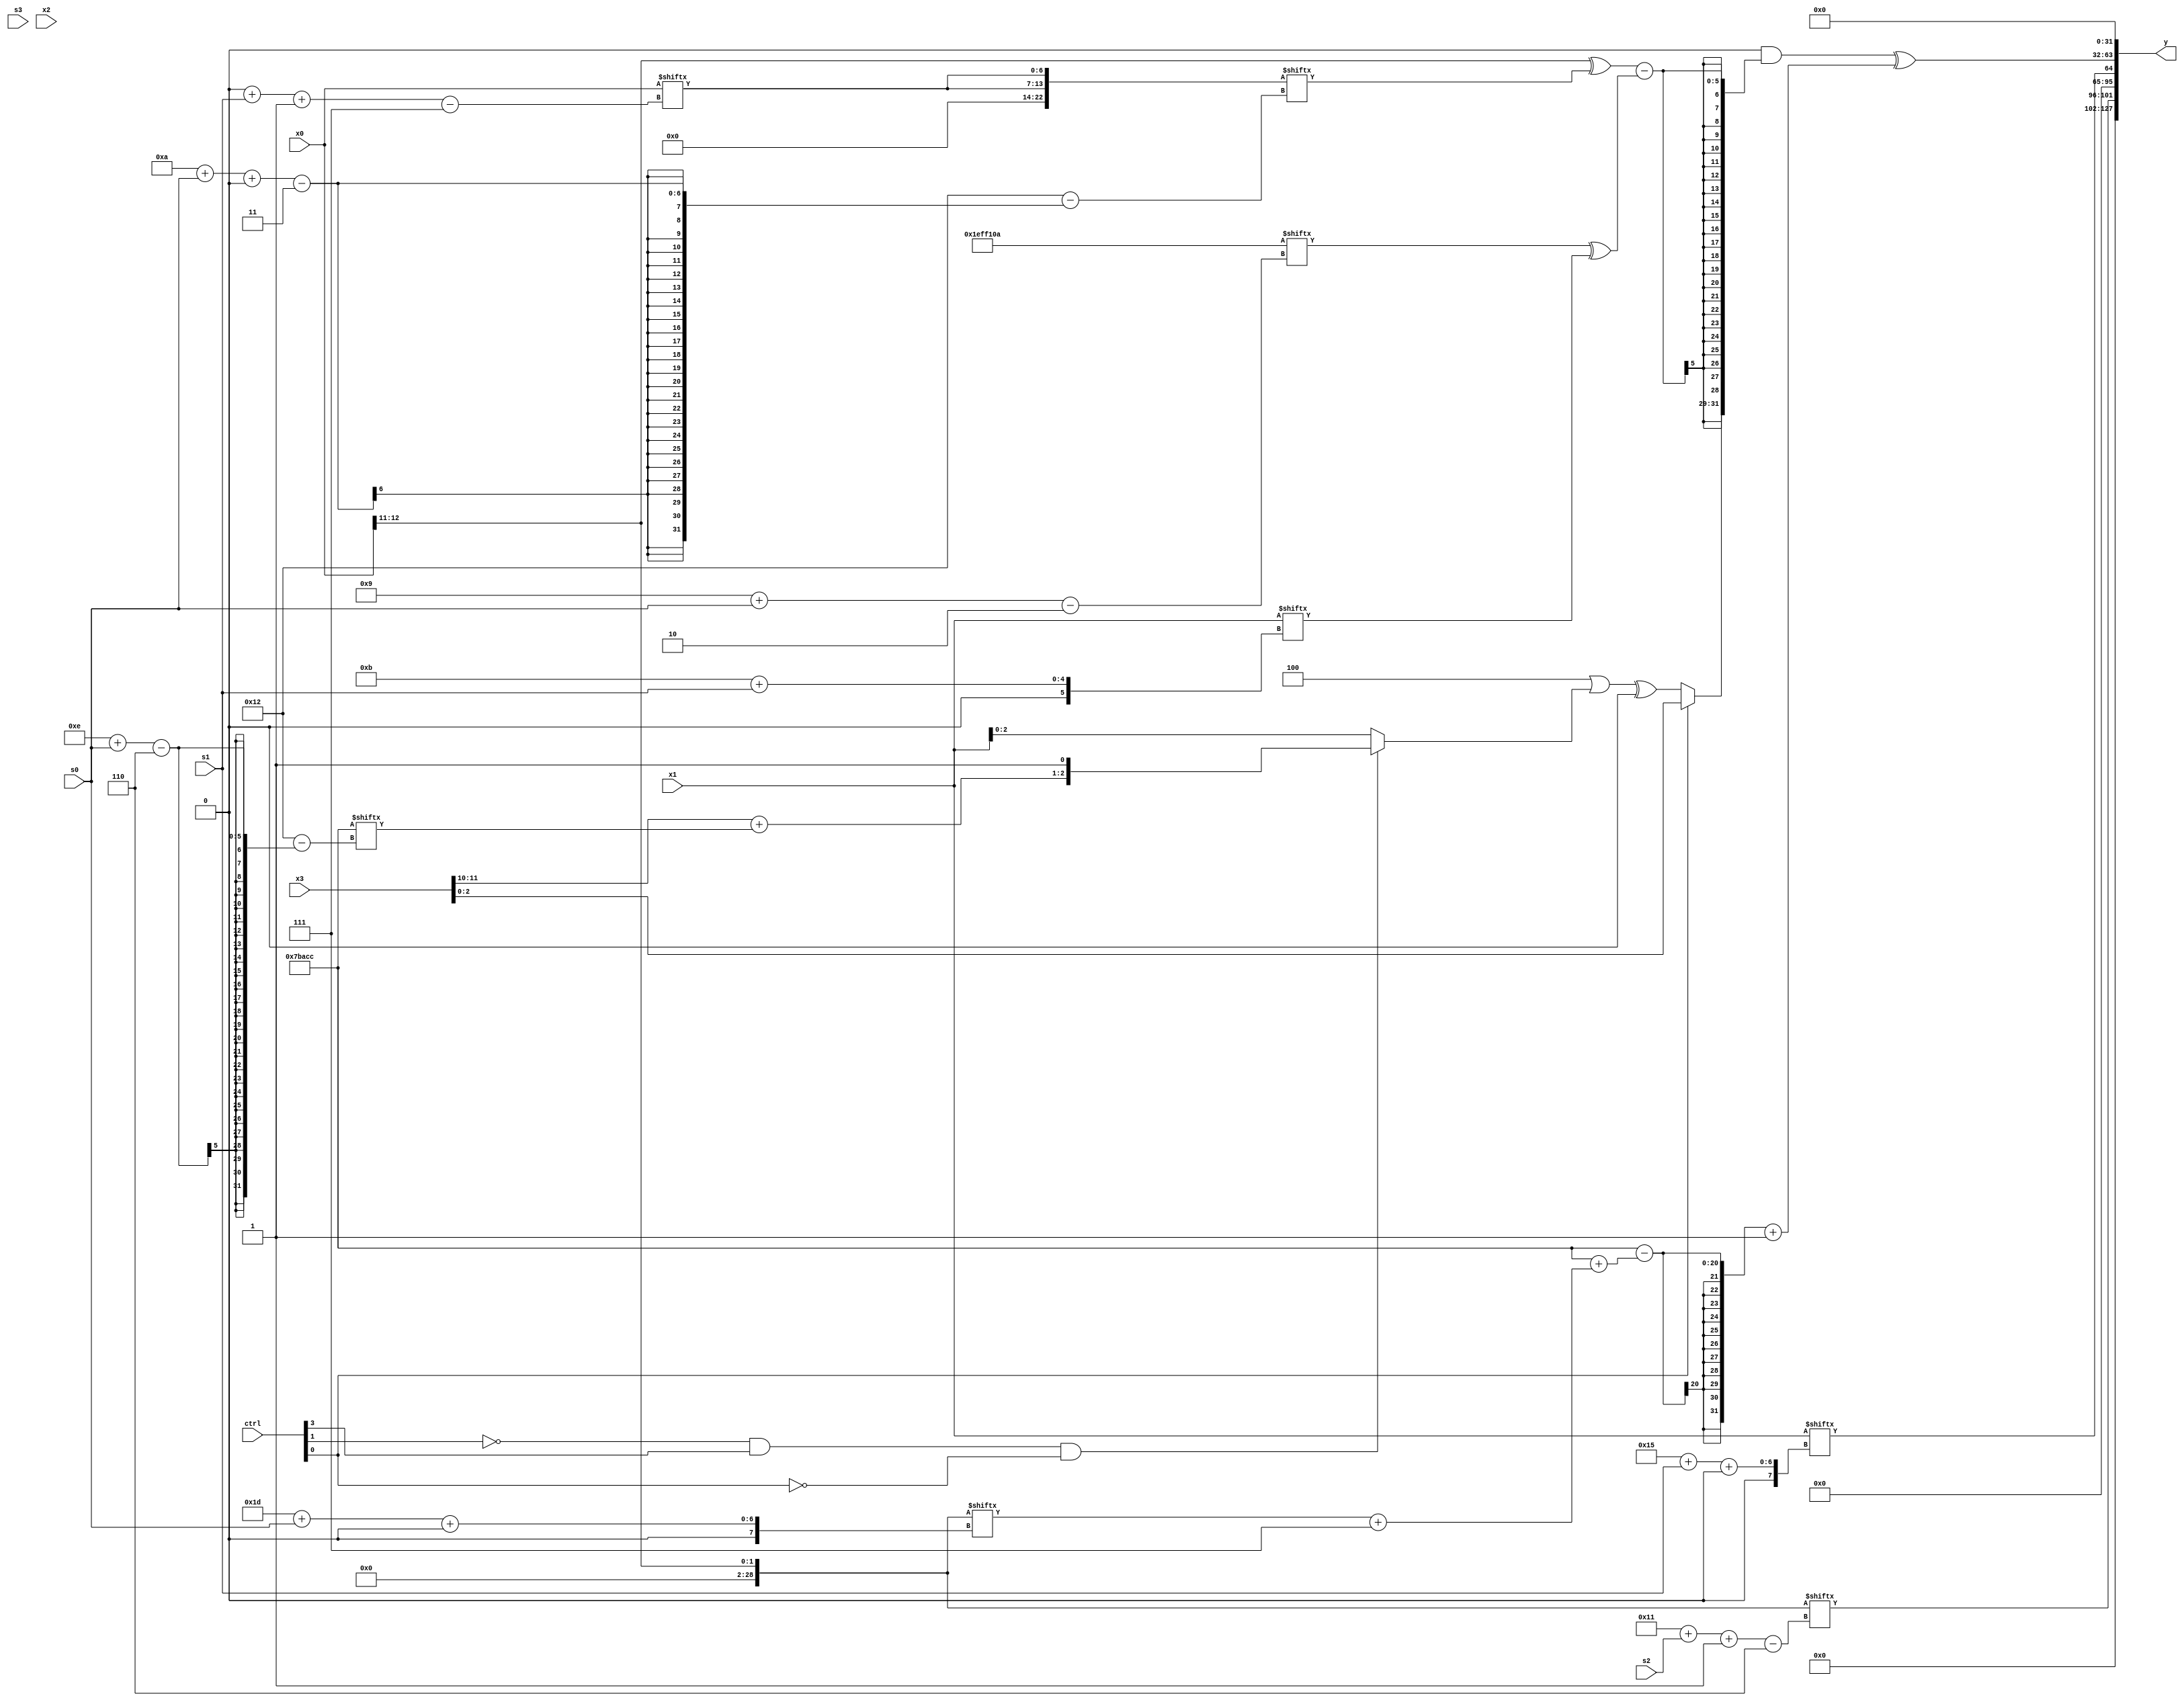
module partsel_00813(ctrl, s0, s1, s2, s3, x0, x1, x2, x3, y);
  input [3:0] ctrl;
  input [2:0] s0;
  input [2:0] s1;
  input [2:0] s2;
  input [2:0] s3;
  input signed [31:0] x0;
  input [31:0] x1;
  input signed [31:0] x2;
  input signed [31:0] x3;
  wire [29:2] x4;
  wire [24:2] x5;
  wire signed [7:24] x6;
  wire signed [29:6] x7;
  wire [3:29] x8;
  wire [28:0] x9;
  wire [3:31] x10;
  wire [6:26] x11;
  wire [6:25] x12;
  wire [3:25] x13;
  wire signed [30:3] x14;
  wire signed [28:7] x15;
  output [127:0] y;
  wire [31:0] y0;
  wire signed [31:0] y1;
  wire signed [31:0] y2;
  wire signed [31:0] y3;
  assign y = {y0,y1,y2,y3};
  localparam [3:30] p0 = 768442940;
  localparam signed [6:24] p1 = 823114444;
  localparam signed [26:2] p2 = 99610890;
  localparam [25:0] p3 = 371605217;
  assign x4 = x2[12 -: 3];
  assign x5 = p2[19 +: 4];
  assign x6 = p3;
  assign x7 = p0[10];
  assign x8 = p3[15 + s2];
  assign x9 = x0[11 +: 2];
  assign x10 = {2{p0[20 + s3 -: 1]}};
  assign x11 = {2{(!ctrl[2] || !ctrl[2] && ctrl[2] ? (!ctrl[1] && !ctrl[2] && ctrl[1] ? (((p2[16 + s3] ^ p3[15 + s1 +: 8]) & p1[5 + s1]) - x0) : (!ctrl[2] || !ctrl[1] && !ctrl[2] ? p1[7 + s2 +: 5] : (p2[4 + s2] & p0[19 +: 3]))) : p2[22])}};
  assign x12 = (p1 | (!ctrl[1] && ctrl[3] && !ctrl[0] ? {{2{(x3[13 -: 4] + p1[14 + s0])}}, p1[11]} : x1));
  assign x13 = {2{x0[0 + s1 -: 7]}};
  assign x14 = (ctrl[3] || ctrl[3] && !ctrl[1] ? x1[8 +: 2] : x9);
  assign x15 = x13[13 -: 3];
  assign y0 = x9[17 + s2 -: 6];
  assign y1 = x1[21 + s1 +: 1];
  assign y2 = ((x5[13 +: 3] & {(ctrl[0] && !ctrl[0] || !ctrl[0] ? (x12 ^ x4[9]) : x3), ((x9 ^ x13[10 + s0 +: 5]) - ((p2[9 + s0] | p0[20]) ^ x1[11 + s1]))}) ^ ((((ctrl[1] && !ctrl[1] && !ctrl[1] ? x11 : p1) ^ x4[21 -: 4]) - (p1 + (x9[29 + s0 +: 5] + x6[19 -: 4]))) + p0[11]));
  assign y3 = (x10[4 + s1] & x15[11]);
endmodule